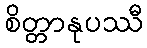
စိတ္တာနုပဿီ